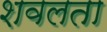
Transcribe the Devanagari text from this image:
शवलता